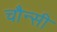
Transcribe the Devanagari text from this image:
चौन्सी